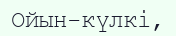
Ойын-күлкi,